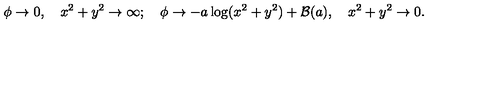
\phi \rightarrow 0 , \quad x ^ { 2 } + y ^ { 2 } \rightarrow \infty ; \quad \phi \rightarrow - a \log ( x ^ { 2 } + y ^ { 2 } ) + { \cal B } ( a ) , \quad x ^ { 2 } + y ^ { 2 } \rightarrow 0 .